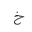
Letter: _kha